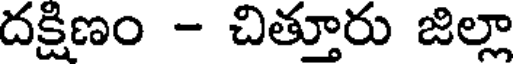
దక్షిణం - చిత్తూరు జిల్లా